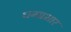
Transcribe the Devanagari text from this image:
धनप्रभार